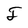
Character: J